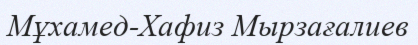
Мұхамед-Хафиз Мырзағалиев